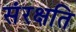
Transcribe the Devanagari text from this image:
संरक्षति